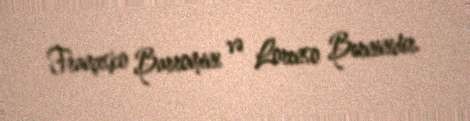
Françesko Barromini və Lorenso Berninidir.